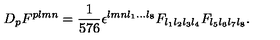
D _ { p } F ^ { p l m n } = { \frac { 1 } { 5 7 6 } } \epsilon ^ { l m n l _ { 1 } . . . l _ { 8 } } F _ { l _ { 1 } l _ { 2 } l _ { 3 } l _ { 4 } } F _ { l _ { 5 } l _ { 6 } l _ { 7 } l _ { 8 } } .